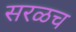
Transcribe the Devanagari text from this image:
सरळच